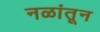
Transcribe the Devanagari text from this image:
नळांतून